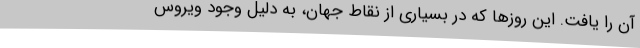
آن را یافت. این روزها که در بسیاری از نقاط جهان، به دلیل وجود ویروس